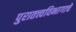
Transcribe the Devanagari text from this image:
पुरातत्त्वविभागाचे